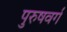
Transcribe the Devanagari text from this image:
पुरुषवर्ग